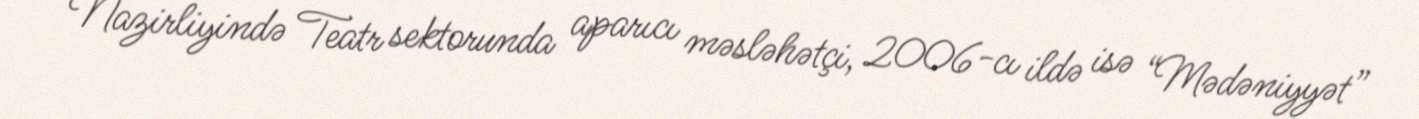
Nazirliyində Teatr sektorunda aparıcı məsləhətçi, 2006-cı ildə isə “Mədəniyyət”